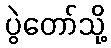
ပွဲတော်သို့